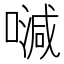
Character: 𠽦